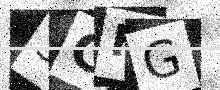
Text: 3CFG